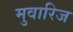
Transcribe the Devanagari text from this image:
मुवारिज